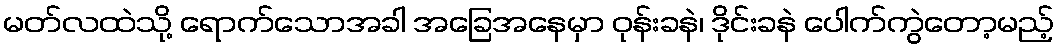
မတ်လထဲသို့ ရောက်သောအခါ အခြေအနေမှာ ဝုန်းခနဲ၊ ဒိုင်းခနဲ ပေါက်ကွဲတော့မည့်